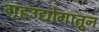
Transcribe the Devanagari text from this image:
गृहउद्योगातून